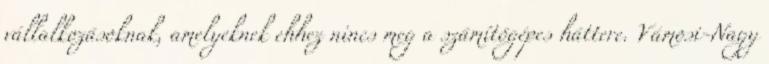
vállalkozásoknak, amelyeknek ehhez nincs meg a számítógépes háttere. Vámosi-Nagy